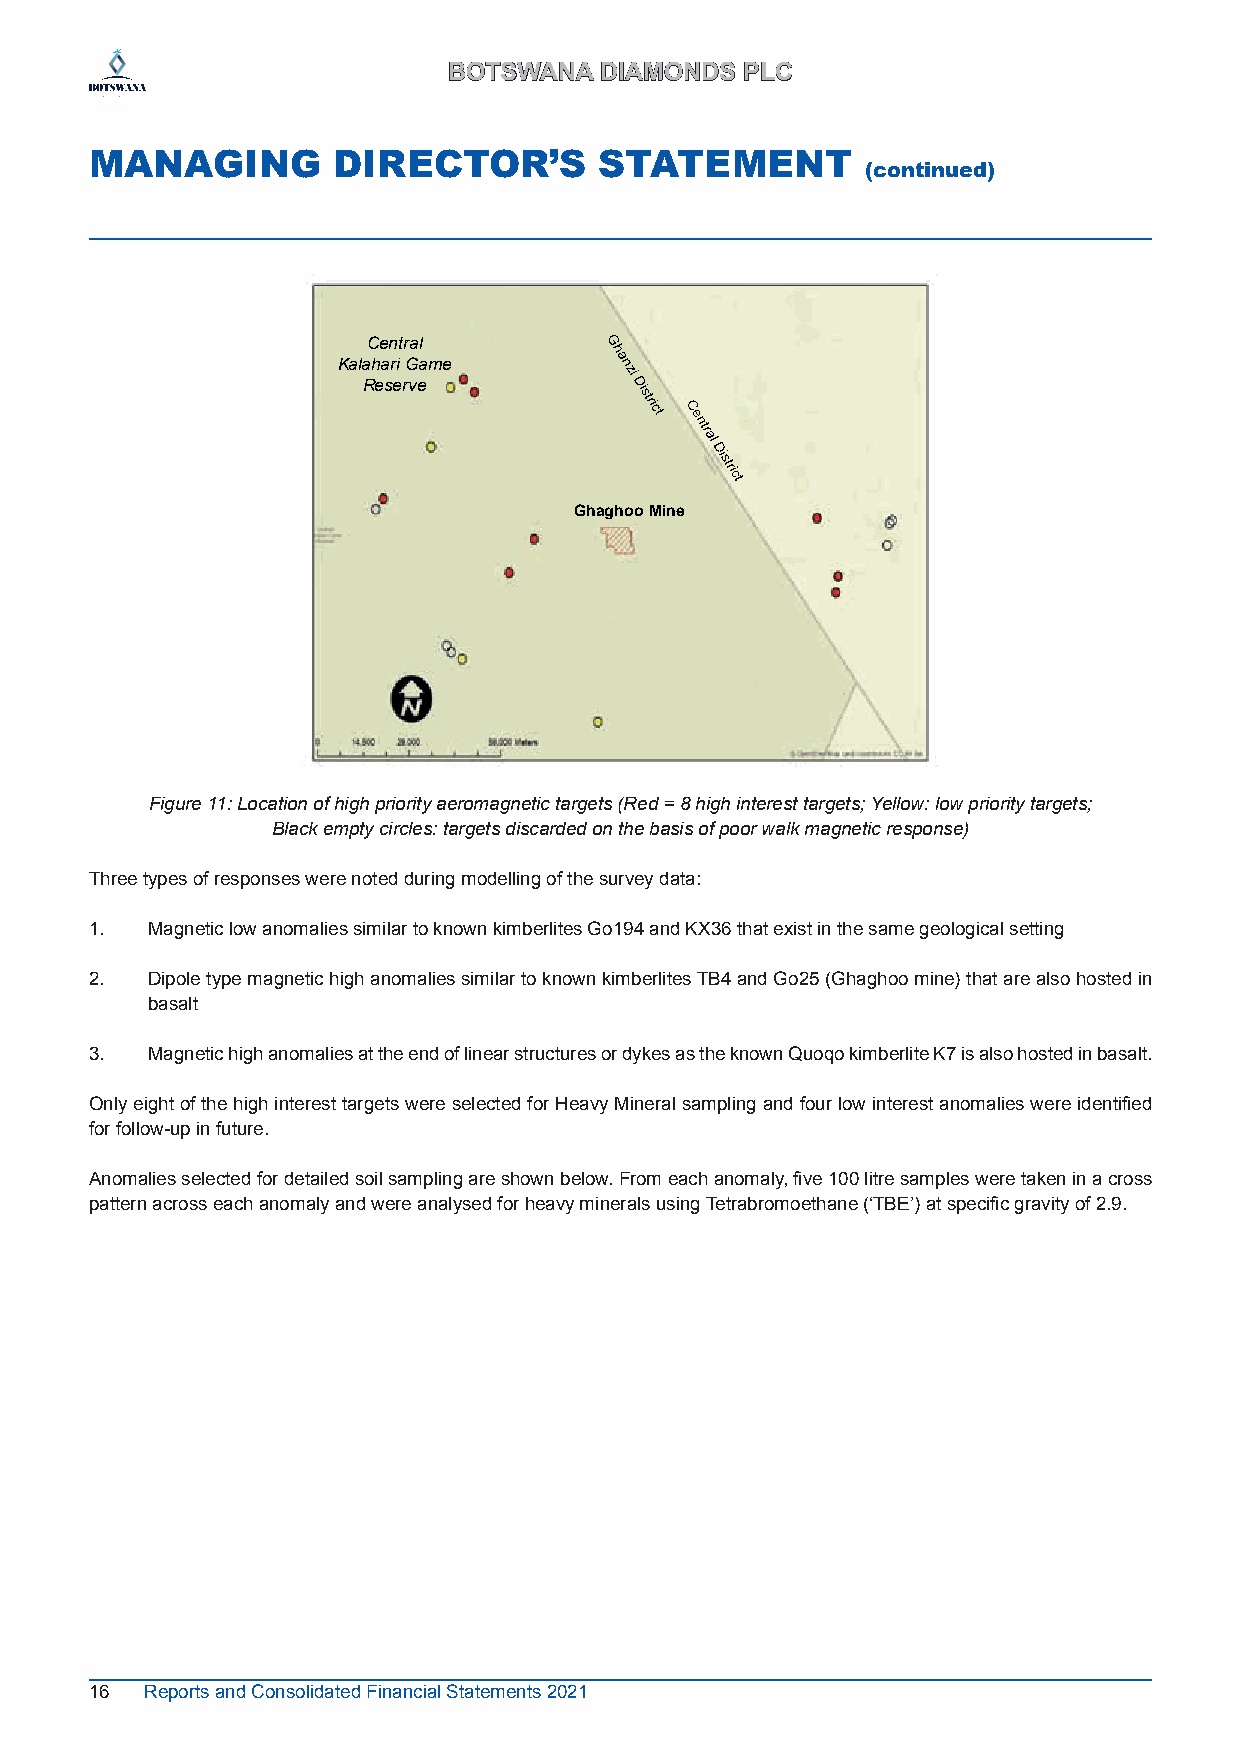
BBOOTTSSWWAANNAA DDIIAAMMOONNDDSS PPLLCC
 MANAGING        DIRECTOR’S        STATEMENT
 (continued)
 Central
 Kalahari Game
 Reserve
 Ghaghoo Mine
 Figure 11: Location of high priority aeromagnetic targets (Red = 8 high interest targets; Yellow: low priority targets;
 Black empty circles: targets discarded on the basis of poor walk magnetic response)
 Three types of responses were noted during modelling of the survey data:
 1.  Magnetic low anomalies similar to known kimberlites Go194 and KX36 that exist in the same geological setting
 2.  Dipole type magnetic high anomalies similar to known kimberlites TB4 and Go25 (Ghaghoo mine) that are also hosted in
 basalt
 3.  Magnetic high anomalies at the end of linear structures or dykes as the known Quoqo kimberlite K7 is also hosted in basalt.
 Only eight of the high interest targets were selected for Heavy Mineral sampling and four low interest anomalies were identified
 for follow-up in future.
 Anomalies selected for detailed soil sampling are shown below. From each anomaly, five 100 litre samples were taken in a cross
 pattern across each anomaly and were analysed for heavy minerals using Tetrabromoethane (‘TBE’) at specific gravity of 2.9.
 16  Reports and Consolidated Financial Statements 2021